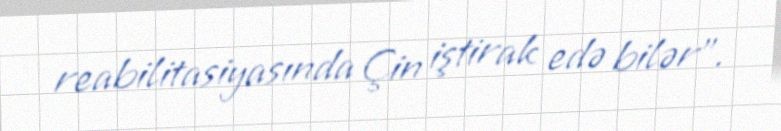
reabilitasiyasında Çin iştirak edə bilər”.